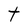
Character: t